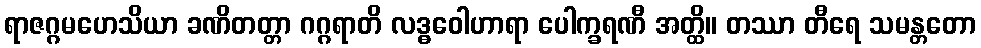
ရာဇဂ္ဂမဟေသိယာ ခဏိတတ္တာ ဂဂ္ဂရာတိ လဒ္ဓဝေါဟာရာ ပေါက္ခရဏီ အတ္ထိ။ တဿာ တီရေ သမန္တတော